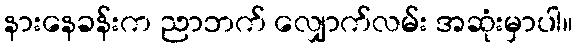
နားနေခန်းက ညာဘက် လျှောက်လမ်း အဆုံးမှာပါ။